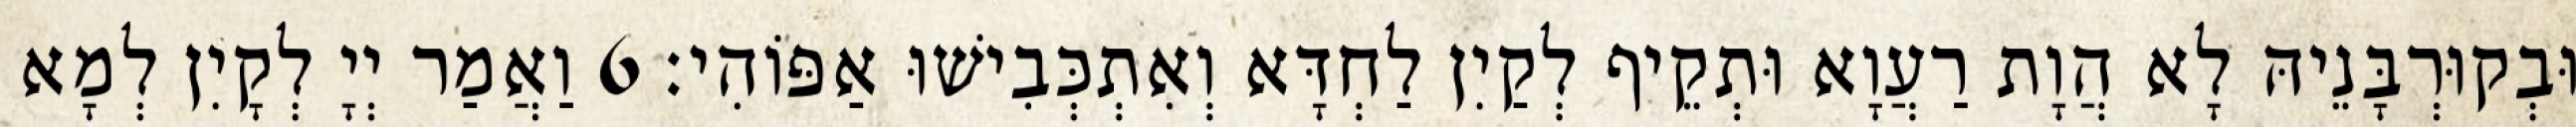
וּבְקוּרְבָּנֵיהּ לָא הֲוָת רַעֲוָא וּתְקֵיף לְקַיִן לַחְדָּא וְאִתְכְּבִישׁוּ אַפּוֹהִי׃ 6 וַאֲמַר יְיָ לְקָיִן לְמָא